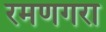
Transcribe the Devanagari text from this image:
रमणगरा